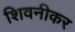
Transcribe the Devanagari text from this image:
शिवनीकर